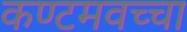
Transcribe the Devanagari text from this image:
कण्टमवच्चा